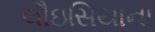
લૌઇસિયાના